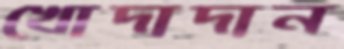
খোদাদান